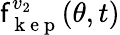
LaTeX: \mathsf{f}_{\mathrm{{~k~e~p~}}}^{v_{2}}(\theta,t)